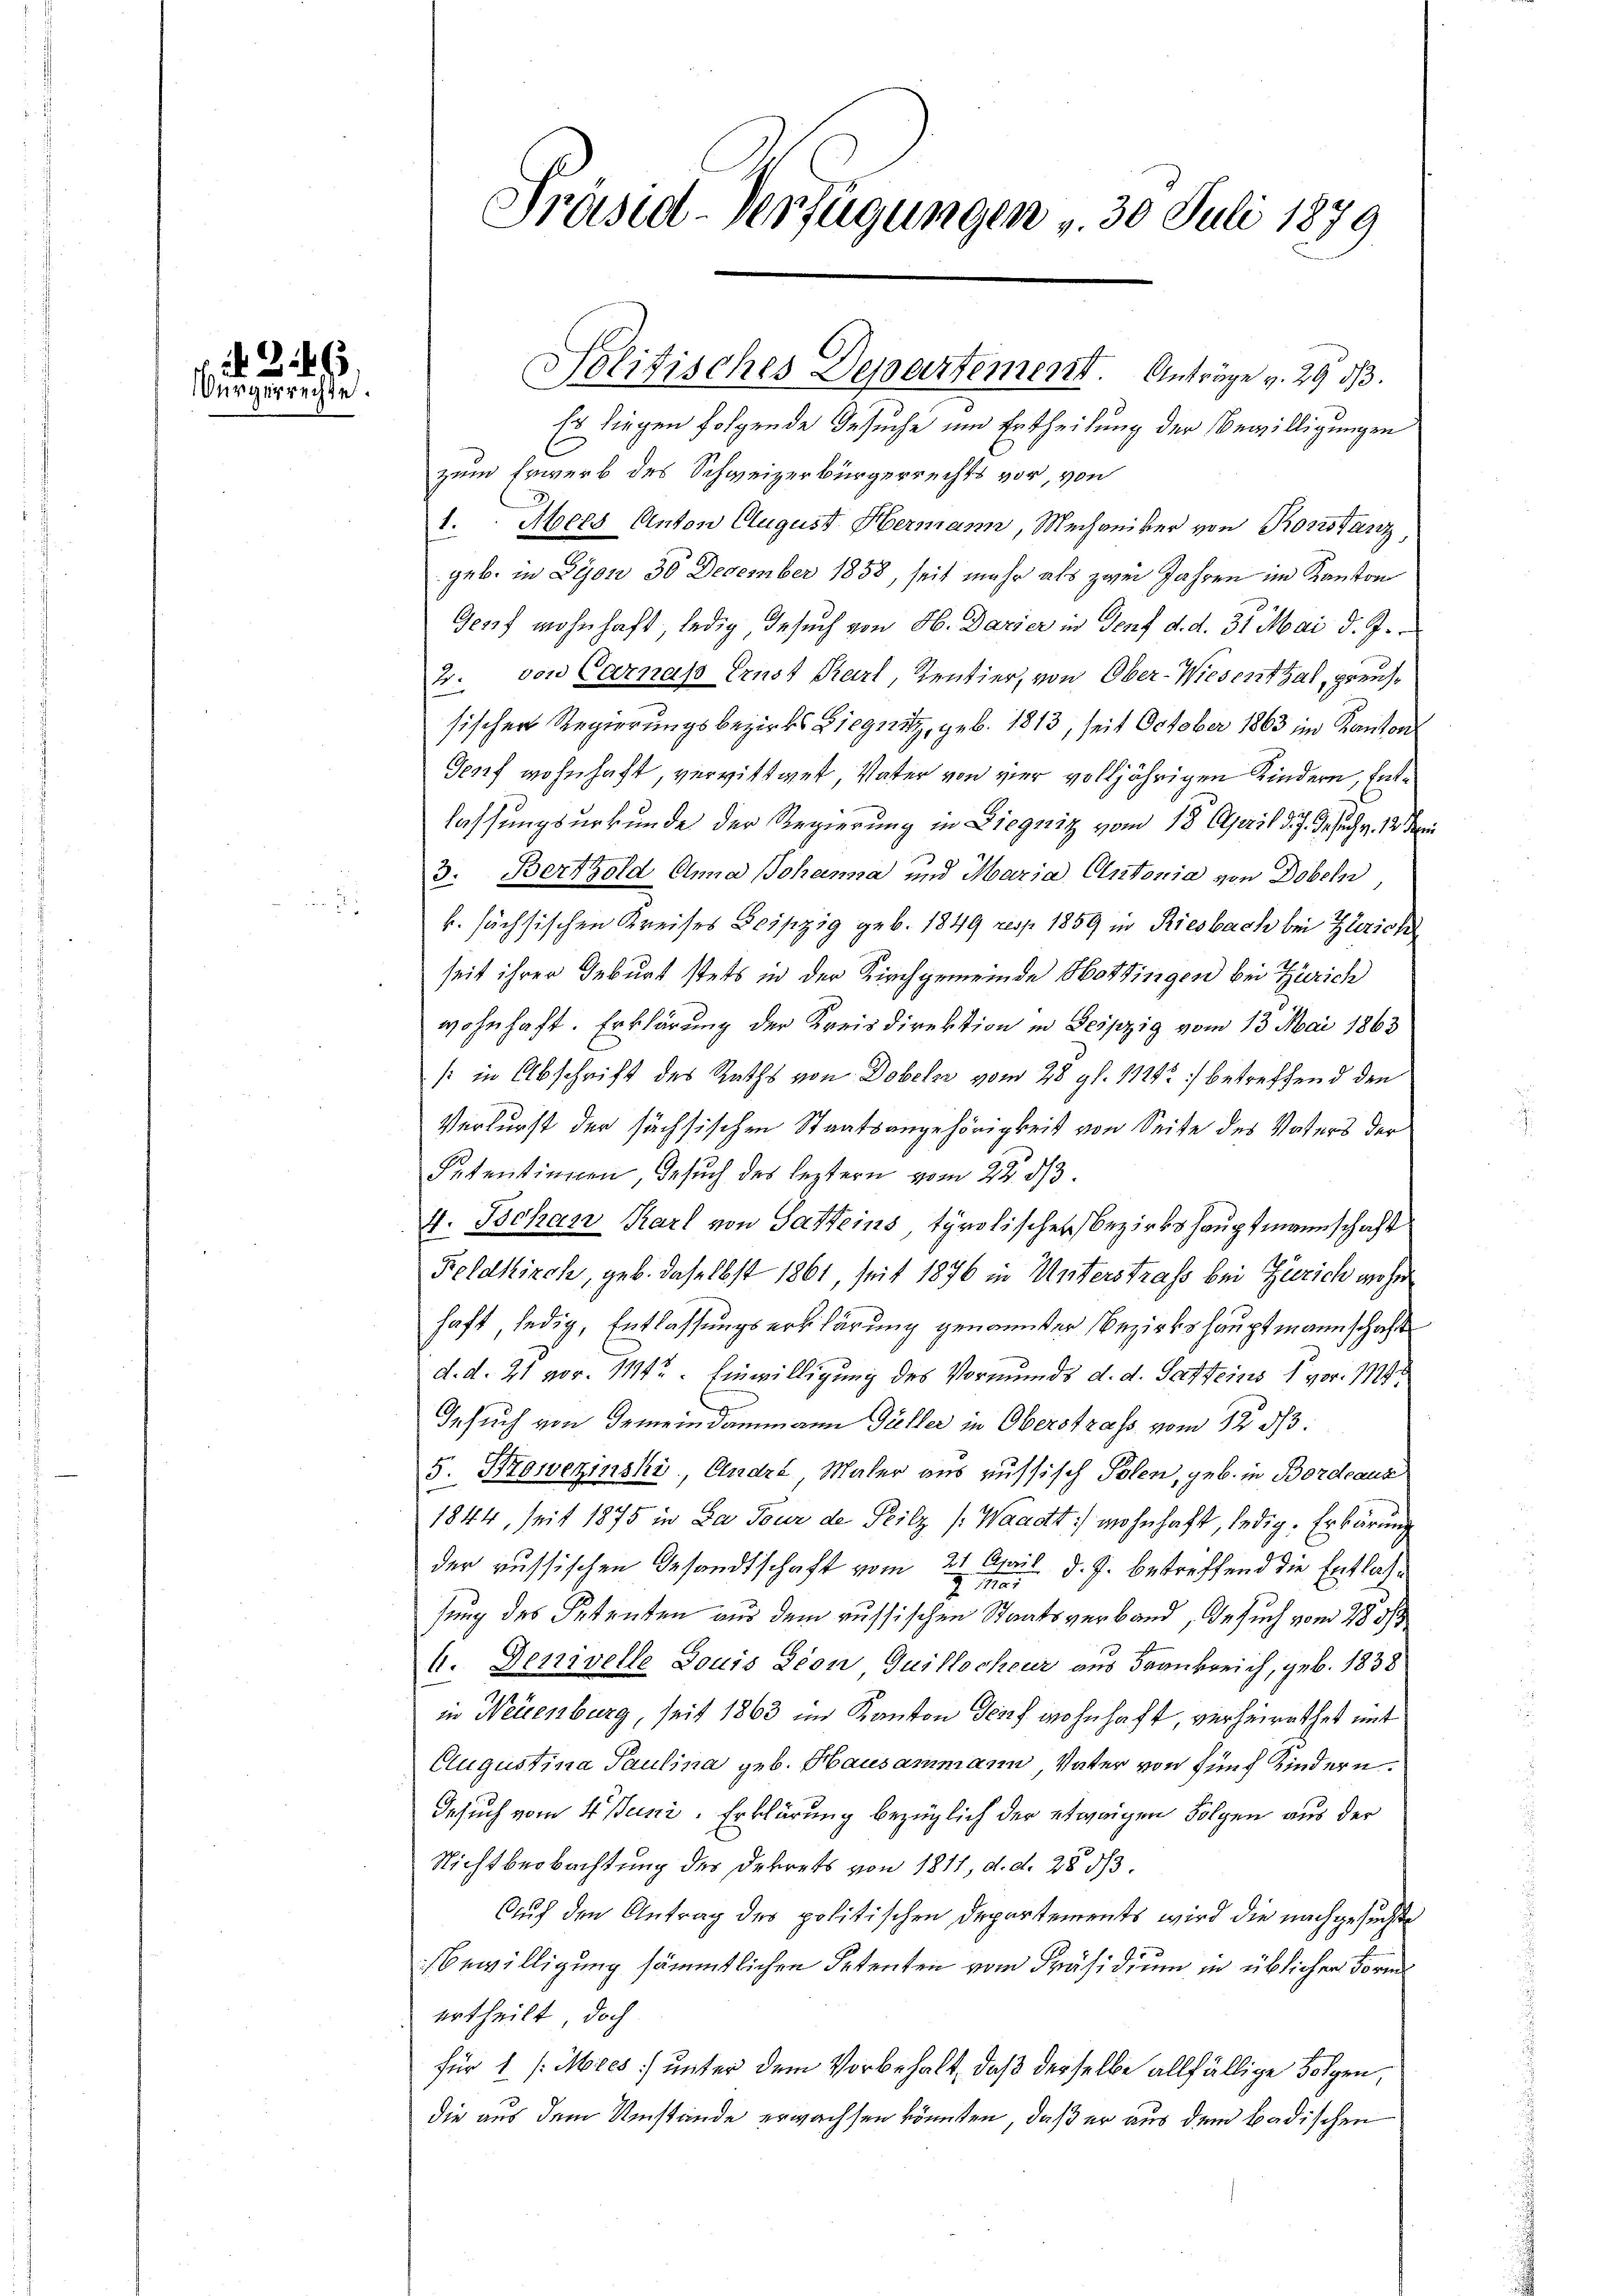
266
Würgerrechte.

Es liegen folgende Gesuche und Ertheilung der Bewilligungen
zum Erwerb des Schweizerbürgerrechts vor, von
1. Mers Anton August Hermann, Mechaniker von Rorstanz,
geb. in Lyon 30 December 1858, seit mehr als zwei Jahren im Kanton
Genf wohnhaft, ledig, Besuch von H. Dazier in Genf d. d. 31. Mai d. J.
2. von Carnas Ernst Karl, Kentier, von Ober-Wiesenthal, preissischen Regierungsbezirks Liegnitz, geb. 1813, seit October 1863 im Kantons
Genf wohnhaft, verwittwet Vater von vier volljährigen Kindern, Entlassungsurkunde der Regierung in Liegnitz vom 18. April d. J. Gesuch v. 12. den
3. Bertold Anna Johanna und Maria Antonia von Dobeln,
k. sächsischen Kreises Leipzig geb. 1849 resp. 1859 in Riesbach bei Zürich
seit ihrer Geburt stets in der Kirchgemeinde Hottingen bei Zürich
wohnhaft. Erklärung der Kreisdirektion in Leipzig vom 13. Mai 1863
(: in Abschrift des Raths von Dobels vom 28 gl. 11242) betreffend den
Verlurst der sächsischen Staatsangehörigkeit von Seite des Vaters der
Setentinnen, Besuch des leztern vom 22. ds.
4. Behan Karl von Gatteins, tyrolischer Bezirkshauptmannschaft
Feldkirch, geb. daselbst 1861, seit 1876 in Unterstrafs bei Zürich woher
haft, ledig, Entlassungserklärung genannter Bezirkshauptmannschaft
d. d. 21 vor. 1114. Einwilligung des Vormunds d. d. Satteins 1 vor. 174
Gesuch von Gemeindammann Güller in Oberstrass vom 12 1/3.
5. Proweninski, André, Maler aus russisch Polen, geb. in Bordeaux
1844, seit 1875 in Da Tour de Teilz (Waadt: wohnhaft, ledig. Erkärung
der russischen Gesandtschaft vom 21. April d. J. betreffend die Entlas¬
101
2
sung des Petenten aus dem russischen Staatsverband, Gesuch vom 28 5/
4. Denivelle Louis Lion Quillocheur aus Frankreich, geb. 1838
in Neuenburg, seit 1863 im Kanton Genf wohnhaft, verheirathet mit
Augustina Paulina geb. Hausammann Vater von fünf Kindern.
Gesuch vom 4. Juni, Erklärung bezüglich der etwaigen Folgen aus der
Nichtbeobachtung des Dekrets von 1811, d. d. 28 53.
Auf den Antrag des politischen Departements wird die nachgesuchte
Bewilligung sämmtlichen Petenten vom Präsidium in üblichen Form
ertheilt, doch
für 1 /:Mies) unter dem Vorbehalt, daß derselbe allfällige Folgen,
die aus dem Umstände erwachsen könnten, daß er aus dem Badischen

Präsid-Verfügungen v. 30. Juli 1879

Politisches Departement. Anträge v. 29 d